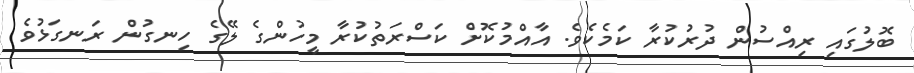
ބޮލުގައި ރިއްސުން ދުރުކުރާ ކަމެކެވެ. އާއްމުކޮށް ކަސްރަތުކުރާ މީހުންގެ ލޭގެ ހިނގުން ރަނގަޅުވެ